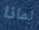
لماذا